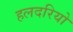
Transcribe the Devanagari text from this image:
हलदरियो